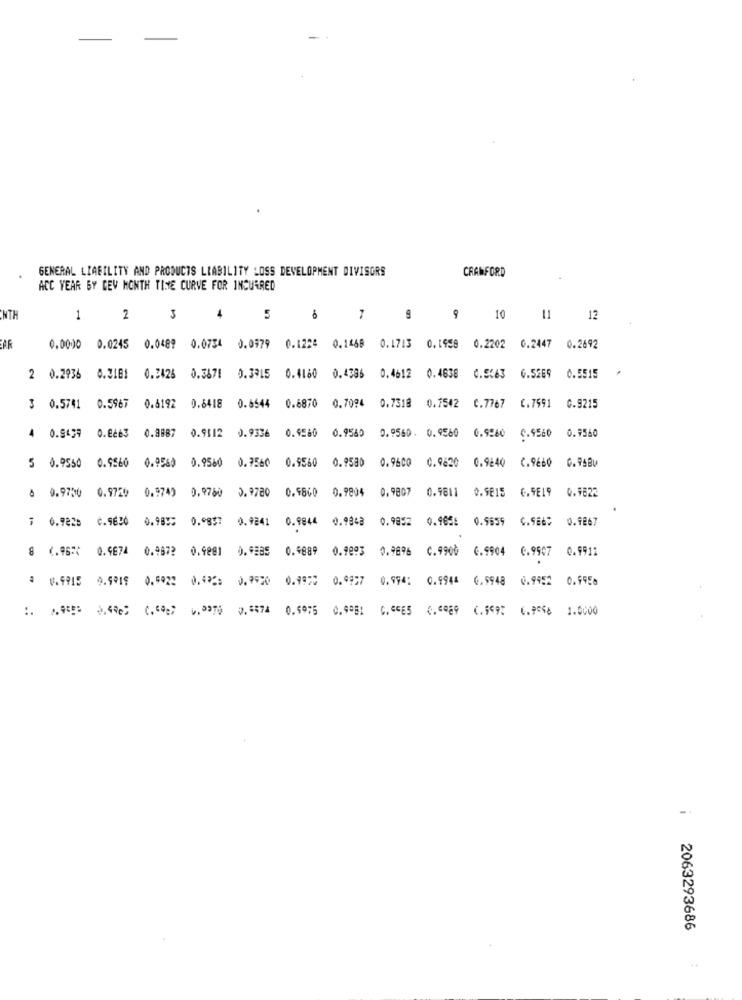
-
GENERAL LIABILITY AND PRODUCTS LIABILITY LOSS DEVELOPMENT DIVISORS
CRAWFORD
ACC YEAR BY DEV MONTH TIME CURVE FOR INCURRED
NTH
1
2
3
4
5
8
9
10 11 12
BAR
0,0000 0.0245 0.0489 0.0754 0.0979 0.1225 0.1468 0.1713 0.1958 0.2202 0.2447 0.2692
2 0.2936
0.3181 0.3426 0.3671 0.3915 0.4160 0.4386 0.4612 0.4638
C.5463 0.5269
0.5515
3 0.5741
0.5967
0.6192 0.6418 0.6544 0.6870
0.7094 0.7318 0.7542 C.7767 C.7591
0.9215
0.9439
0.8463
0.8887
0.9565
0.9560. 0.9560 0.9560
0.9560
4
0.9512 0.9336 0.4560
C.9560
0.9560
0.9580
0.9560
0.9560
0.9560
0.9580 0.9600
0.9630
0.9240
C.9660 0.95BU
5 0.9550
0.9749
0.9760
0.9804
0.9807
0.9811
0.9815
6.9E19
0.9822
6 0.9750 0.9720
0.9780 0.9860
7 0.9225
Č.9650
0.989%
0.0857
0.9241 0.9844 0.9843
0.9852
0.965€
0.9659
C.986
0.9267
0.9674
0.9872 0.9881 0.9285 0.4889 0.9093 0.9896 C.9900 0.9904 0.9907
0.9911
6.9915 9.9919 0.5022 0.472: 0.9920 0.9970 0.9957 0.994: 0.9944 0.5948 0.9952 0.9958
: 4% ).0 0.5574 0.695 C.9ºB: C.C465 C."989 C ., 497 6.9568 1.0000
2063293686
..